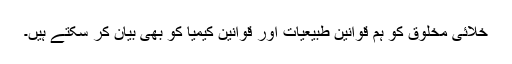
خلائی مخلوق کو ہم قوانین طبیعیات اور قوانین کیمیا کو بھی بیان کر سکتے ہیں۔